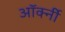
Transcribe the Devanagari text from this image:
ऑर्क्नी